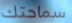
سماحتك